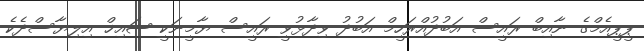
ޕީޕީއެމްގެ ނާއިބް ރައީސް އަބުދުއްރަހީމް އަބުދު ވިދާޅުވީ ރައީސް ޔާމީނަކީ ޝައިޚް އިލިޔާސްދެކެ